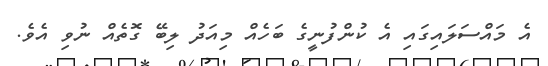
އެ މައްސަލައިގައި އެ ކުންފުނީގެ ބަހެއް މިއަދު ލިބޭ ގޮތެއް ނުވި އެވެ.